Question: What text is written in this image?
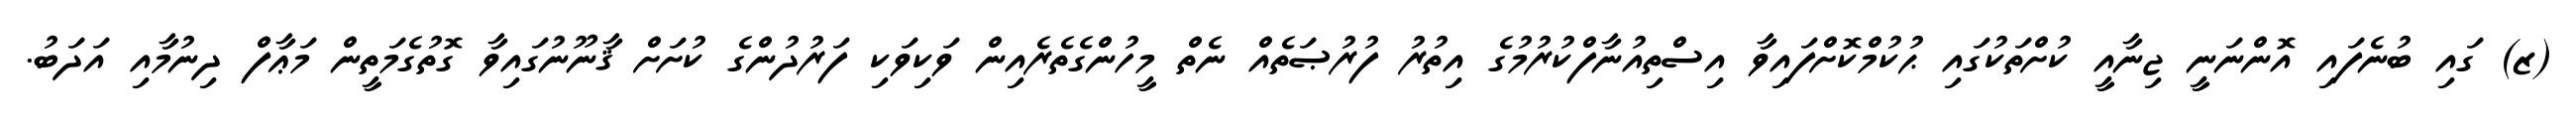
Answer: (ޒ) ގައި ބުނެފައި އޮންނަނީ ޖިނާއީ ކުށްތަކުގައި ޙުކުމްކޮށްފައިވާ އިސްތިއުނާފްކުރުމުގެ އިތުރު ފުރުޞަތެއް ނެތް މީހުންގެތެރެއިން ވަކިވަކި ފަރުދުންގެ ކުށަށް ޤާނޫނުގައިވާ ގޮތުގެމަތީން މަޢާފް ދިނުމާއި އަދަބު.